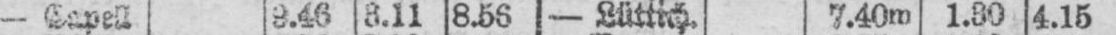
- Capell 9.46 3.11 8.56 - Lüttich. 7.40m 1.30 4.15